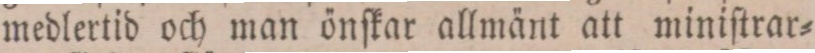
medlertid och man önſkar allmänt att miniſtrar=